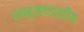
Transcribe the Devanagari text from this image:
राष्‍ट्रमण्‍डलीय